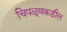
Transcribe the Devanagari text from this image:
चिपळूणकडील